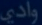
وادي